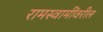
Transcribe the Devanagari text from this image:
रामस्वामींवरील